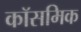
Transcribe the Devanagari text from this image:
कॉसमिक